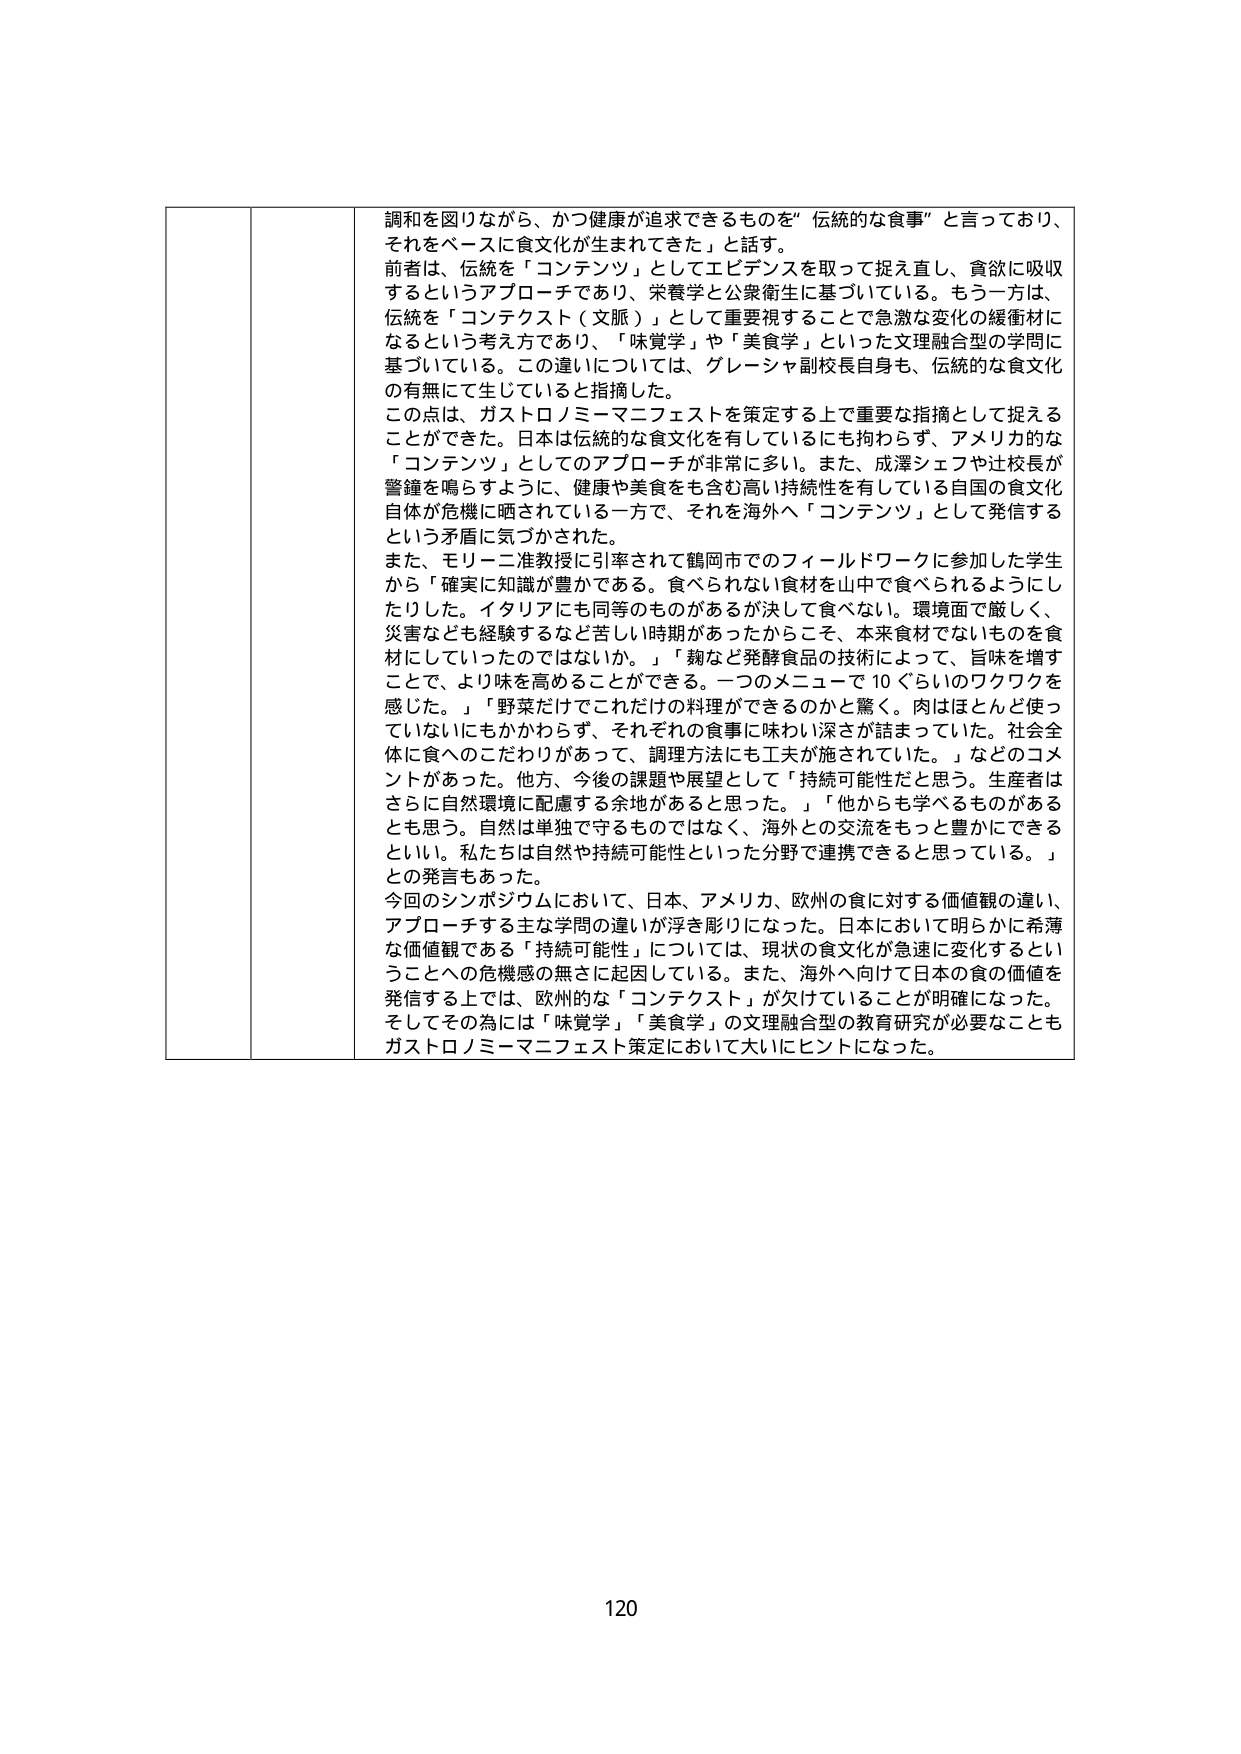
調和を図りながら、かつ健康が追求できるものを「伝統的な食事」と言っており、
それをベースに食文化が生まれてきた」と話す。
前者は、伝統を「コンテンツ」としてエビデンスを取って捉え直し、食欲に吸収
するというアプローチであり、栄養学と公衆衛生に基づいている。もう一方は、
伝統を「コンテクスト（文脈）」として重要視する、という急激な変化の緩衝材に
なるという考え方であり、「味覚学」や「美食学」といった文理融合型の学問に
基づいている。この違いについては、グレーシャ副校長自身も、伝統的な食文化
の有無にて生じていると指摘した。
この点は、ガストロノミーマニフェストを策定する上で重要な指摘として捉える
ことができた。日本は伝統的な食文化を有しているにも拘わらず、アメリカ的な
「コンテンツ」としてのアプローチが非常に多い。また、成澤シェフや辻校長が
警鐘を鳴らすように、健康や美食をも含む高い持続性を有している自国の食文化
自体が危機に晒されている一方で、それを海外へ「コンテンツ」として発信する
という矛盾に気づかされた。
また、モリーニ准教授に引率されて鶴岡市でのフィールドワークに参加した学生
から「確実に知識が豊かである。食べられない食材を山中で食べられるようにし
たりした。イタリアにも同等のものがあるが決して食べない。環境面で厳しく、
災害なども経験するなど苦しい時期があったからこそ、本来食材でないものを食
材にしていったのではないか。」「麹など発酵食品の技術によって、旨味を増す
ことで、より味を高めることができる。一つのメニューで10ぐらいのワクワクを
感じた。」「野菜だけでこれだけの料理ができるのかと驚く。肉はほとんど使っ
ていないにもかかわらず、それぞれの食事に味わい深さが詰まっていた。社会全
体に食へのこだわりがあって、調理方法にも工夫が施されていた。」などのコメ
ントがあった。他方、今後の課題や展望として「持続可能性だと思う。生産者は
さらに自然環境に配慮する余地があると思った。」「他からも学べるものがある
とも思う。自然は単独で守るものではなく、海外との交流をもっと豊かにできる
といい。私たちは自然や持続可能性といった分野で連携できると思っている。」
との発言もあった。
今回のシンポジウムにおいて、日本、アメリカ、欧州の食に対する価値観の違い、
アプローチする主な学問の違いが浮き彫りになった。日本において明らかに希薄
な価値観である「持続可能性」については、現状の食文化が急速に変化するとい
うことへの危機感の無さに起因している。また、海外へ向けて日本の食の価値を
発信する上では、欧州的な「コンテクスト」が欠けていることが明確になった。
そしてその為には「味覚学」「美食学」の文理融合型の教育研究が必要なことも
ガストロノミーマニフェスト策定において大いにヒントになった。

120